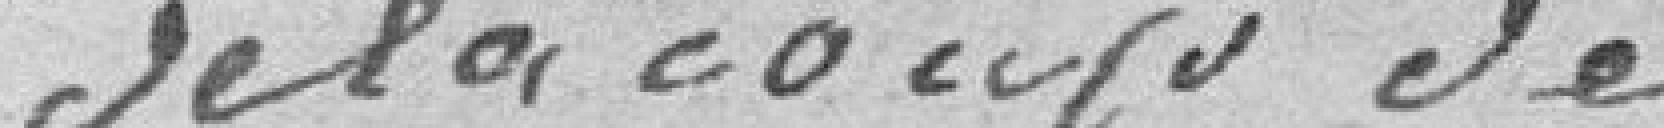
de la coupe de